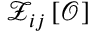
{ \mathcal { Z } _ { i j } \left[ \boldsymbol { \mathcal { O } } \right] }